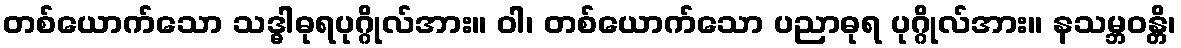
တစ်ယောက်သော သဒ္ဓါဓုရပုဂ္ဂိုလ်အား။ ဝါ၊ တစ်ယောက်သော ပညာဓုရ ပုဂ္ဂိုလ်အား။ နသမ္ဘဝန္တိ၊